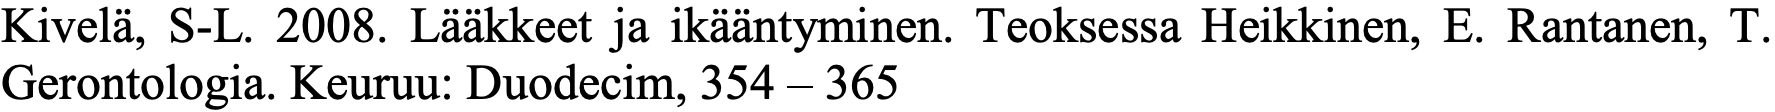
Kivelä, S-L. 2008. Lääkkeet ja ikääntyminen. Teoksessa Heikkinen, E. Rantanen, T. Gerontologia. Keuruu: Duodecim, 354 – 365